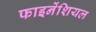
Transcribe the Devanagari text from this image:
फाइनेंशियल